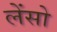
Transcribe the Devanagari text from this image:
लेंसो